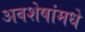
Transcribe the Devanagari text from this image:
अवशेषांमधे